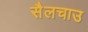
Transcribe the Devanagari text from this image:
सैलचाउ